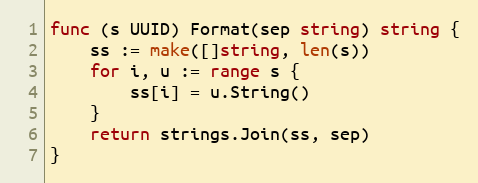
Language: Go
func (s UUID) Format(sep string) string {
	ss := make([]string, len(s))
	for i, u := range s {
		ss[i] = u.String()
	}
	return strings.Join(ss, sep)
}